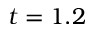
t = 1 . 2